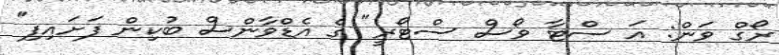
ރޯގް ވަން: އަ ސްޓާ ވޯސް ސްޓޯރީ" ގެ އެޑްވާންސް ބުކިން ފަށައިފި"